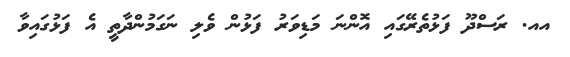
އއ. ރަސްދޫ ފަޅުތެރޭގައި އޮންނަ މަޑިވަރު ފަޅުން ވެލި ނަގަމުންދާތީ އެ ފަޅުގައިވާ